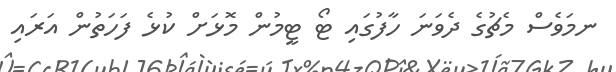
ނމަވެސް މެޗުގެ ދެވަނަ ހާފުގައި ޓޯ ޓީމުން މޮޅަށް ކުޅެ ފަހަތުން އަރައި